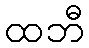
ထဘီ